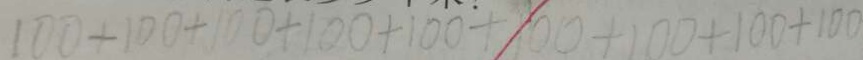
1 0 0 + 1 0 0 + 1 0 0 + 1 0 0 + 1 0 0 + 1 0 0 + 1 0 0 + 1 0 0 + 1 0 0